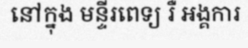
នៅក្នុង មន្ទីរពេទ្យ រឺ អង្គការ